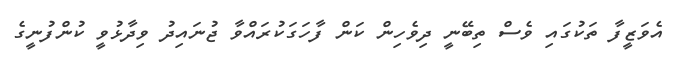
އެވަޒީފާ ތަކުގައި ވެސް ތިބޭނީ ދިވެހިން ކަން ފާހަގަކުރައްވާ ޖުނައިދު ވިދާޅުވީ ކުންފުނީގެ